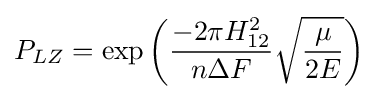
P_{LZ}=\exp \left({\frac {-2\pi H_{12}^{2}}{n\Delta F}}{\sqrt {\frac {\mu }{2E}}}\right)